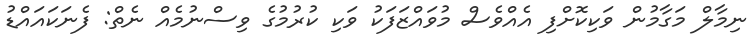
ނިމާލް މަގާމުން ވަކިކޮށްފި އެއްވެސް މުވައްޒަފަކު ވަކި ކުރުމުގެ ވިސްނުމެއް ނެތް: ފެނަކައައްޑު